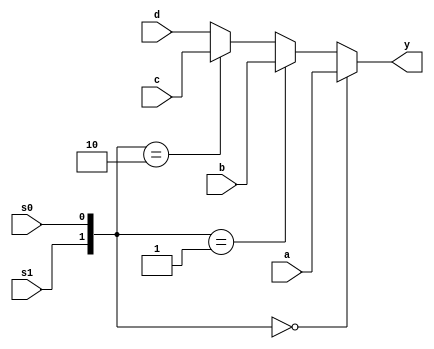
module mux41a_always(a,b,c,d,s1,s0,y);
	input a,b,c,d,s1,s0;
	output y;
	reg[1:0] SEL;
	reg y;
	always@ (a,b,c,d,SEL)
		begin
				SEL = {s1,s0};
			if(SEL ==0) y=a;
	else if(SEL ==1) y= b;
	else if(SEL ==2) y= c;
	else             y= d;
		end
endmodule